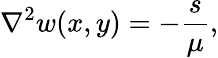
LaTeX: \nabla^{2}w(x,y)=-\frac{s}{\mu},